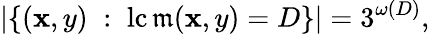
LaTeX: |\{ (\mathbf{x},y)\; :\; \operatorname{lc\mathfrak{m}}(\mathbf{x},y)=D\} |=3^{\omega(D)},